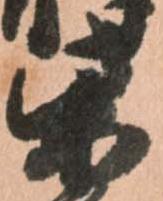
柴